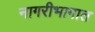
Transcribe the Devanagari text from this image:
नागरीभागात